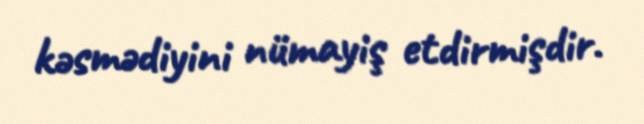
kəsmədiyini nümayiş etdirmişdir.